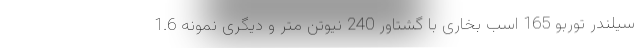
سیلندر توربو 165 اسب بخاری با گشتاور 240 نیوتن متر و دیگری نمونه 1.6